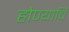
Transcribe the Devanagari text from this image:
होण्याचि